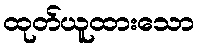
ထုတ်ယူထားသော